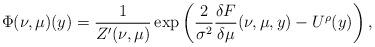
LaTeX: \begin{align*} \Phi(\nu, \mu)(y) = \frac{1}{Z'(\nu, \mu)}\exp\left({\frac{2}{\sigma^2}\frac{\delta F}{\delta \mu}(\nu, \mu, y) - U^{\rho}(y)}\right), \end{align*}